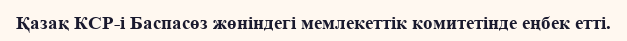
Қазақ КСР-і Баспасөз жөніндегі мемлекеттік комитетінде еңбек етті.